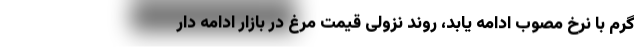
گرم با نرخ مصوب ادامه یابد، روند نزولی قیمت مرغ در بازار ادامه دار